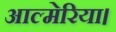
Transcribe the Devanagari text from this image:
आल्मेरिया।